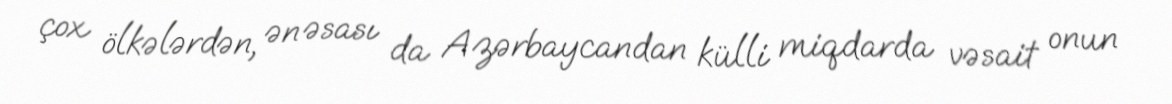
çox ölkələrdən, ən əsası da Azərbaycandan külli miqdarda vəsait onun